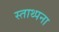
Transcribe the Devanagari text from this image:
स्ताथ्पना